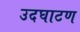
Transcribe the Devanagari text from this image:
उदघाटण